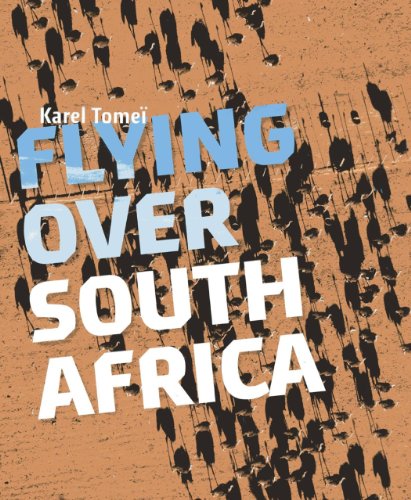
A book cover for Flying over South Africa; Karel Tomei; Arts & Photography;